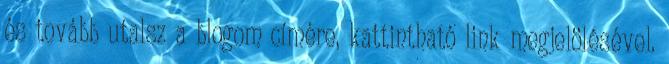
és tovább utalsz a blogom címére, kattintható link megjelölésével.